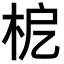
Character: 𣐖